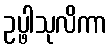
ဥပ္ဖါသုလိကာ